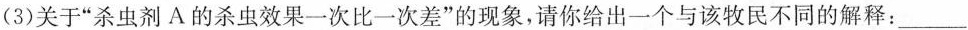
(3)关于“杀虫剂A的杀虫效果一次比一次差”的现象，请你给出一个与该牧民不同的解释：___